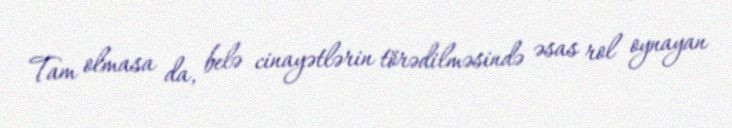
Tam olmasa da, belə cinayətlərin törədilməsində əsas rol oynayan